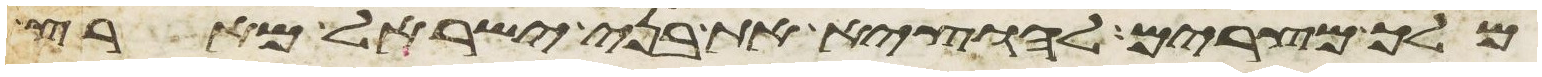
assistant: מלך מצרים להוציא את בני ישראל מארץ